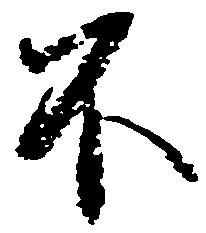
不